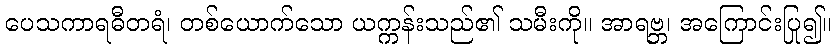
ပေသကာရဓီတရံ၊ တစ်ယောက်သော ယက္ကန်းသည်၏ သမီးကို။ အာရဗ္ဘ၊ အကြောင်းပြု၍။